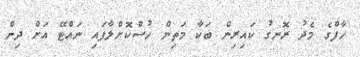
ހާފްގެ މެދު ރޮނގު ކައިރިން ބަކާ މަތިން ހުސްކޮށްލާފައި ނައްޓޭ އަށް ދިން